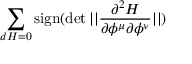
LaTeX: \sum _ { d H = 0 } \mathrm { s i g n } ( \operatorname * { d e t } | | { \frac { \partial ^ { 2 } H } { \partial \phi ^ { \mu } \partial \phi ^ { \nu } } } | | )